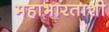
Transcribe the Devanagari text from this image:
महाभारताशी